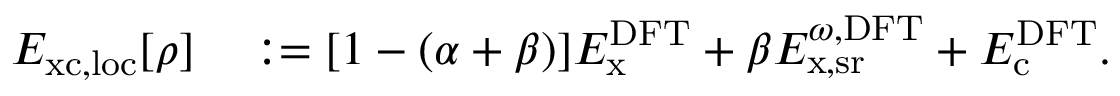
\begin{array} { r l } { E _ { \mathrm { x c , l o c } } [ \rho ] } & { { } : = [ 1 - ( \alpha + \beta ) ] E _ { \mathrm { x } } ^ { \mathrm { D F T } } + \beta E _ { \mathrm { x } , \mathrm { s r } } ^ { \omega , \mathrm { D F T } } + E _ { \mathrm { c } } ^ { \mathrm { D F T } } . } \end{array}